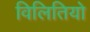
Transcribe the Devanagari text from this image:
विलितियो